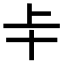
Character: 𠦀